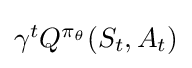
{\textstyle \gamma ^{t}Q^{\pi _{\theta }}(S_{t},A_{t})}